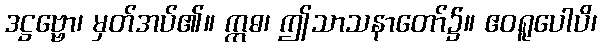
ဒဋ္ဌဗ္ဗော၊ မှတ်အပ်၏။ ဣဓ၊ ဤသာသနာတော်၌။ ဧဝရူပေါပိ၊